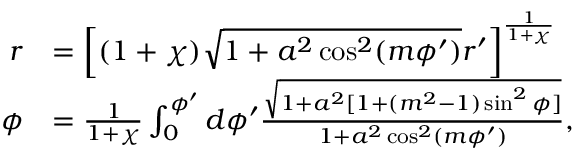
\begin{array} { r l } { r } & { = \left[ ( 1 + \chi ) \sqrt { 1 + a ^ { 2 } \cos ^ { 2 } ( m \phi ^ { \prime } ) } r ^ { \prime } \right] ^ { \frac { 1 } { 1 + \chi } } } \\ { \phi } & { = \frac { 1 } { 1 + \chi } \int _ { 0 } ^ { \phi ^ { \prime } } d \phi ^ { \prime } \frac { \sqrt { 1 + a ^ { 2 } [ 1 + ( m ^ { 2 } - 1 ) \sin ^ { 2 } \phi ] } } { 1 + a ^ { 2 } \cos ^ { 2 } ( m \phi ^ { \prime } ) } , } \end{array}